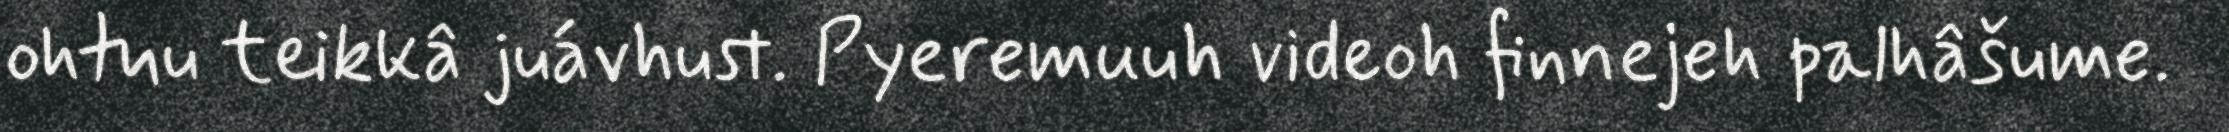
ohtuu teikkâ juávhust. Pyeremuuh videoh finnejeh palhâšume.